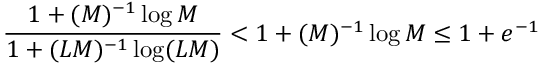
\frac { 1 + ( M ) ^ { - 1 } \log M } { 1 + ( L M ) ^ { - 1 } \log ( L M ) } < 1 + ( M ) ^ { - 1 } \log M \leq 1 + e ^ { - 1 }